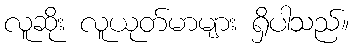
လူဆိုး လူယုတ်မာများ ရှိပါသည်။